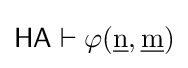
{\mathsf {HA}}\vdash \varphi ({\underline {\mathrm {n} }},{\underline {\mathrm {m} }})